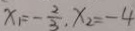
x _ { 1 } = - \frac { 2 } { 3 } , x _ { 2 } = - 4